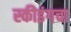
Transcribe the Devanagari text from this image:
स्कीइंगचा